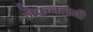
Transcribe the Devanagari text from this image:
नेकचलनी